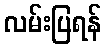
လမ်းပြရန်